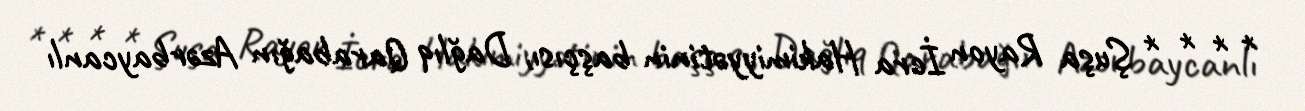
* * * * Şuşa Rayon İcra Hakimiyyətinin başçısı, Dağlıq Qarabağın Azərbaycanlı